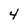
Character: 4